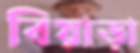
বিয়াড়া